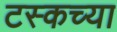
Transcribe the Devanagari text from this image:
टस्कच्या